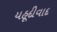
યહૂદીવાદ